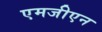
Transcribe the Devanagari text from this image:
एमजीएन